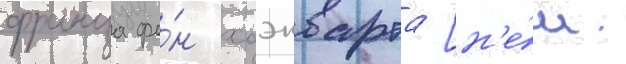
франца фо́н хоэнварта [н'е́м.